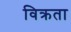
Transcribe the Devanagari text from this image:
विक्रता